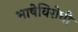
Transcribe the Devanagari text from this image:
भाषेविरोधी